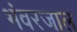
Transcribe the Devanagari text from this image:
भंवरजाल